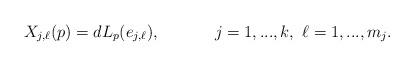
LaTeX: \begin{align*}X_{j,\ell}(p) = dL_p(e_{j,\ell}),\ \ \ \ \ \ \ \ \ \ j=1,...,k,\ \ell =1,...,m_j.\end{align*}